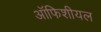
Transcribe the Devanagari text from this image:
ऑफिशीयल